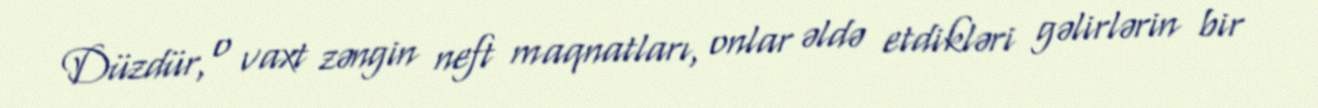
Düzdür, o vaxt zəngin neft maqnatları, onlar əldə etdikləri gəlirlərin bir